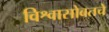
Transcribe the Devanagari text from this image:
विश्वासोबतचे